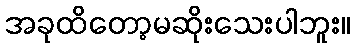
အခုထိတော့မဆိုးသေးပါဘူး။